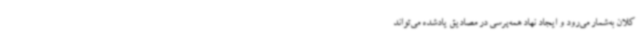
کلان به‌شمار می‌رود و ایجاد نهاد همه‌پرسی در مصادیق یادشده می‌تواند